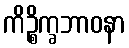
ကိဉ္စိက္ခဘာဝနာ